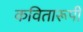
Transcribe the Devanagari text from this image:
कवितारूपी